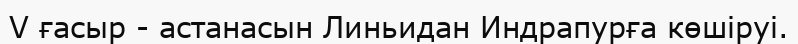
V ғасыр - астанасын Линьидан Индрапурға көшіруі.